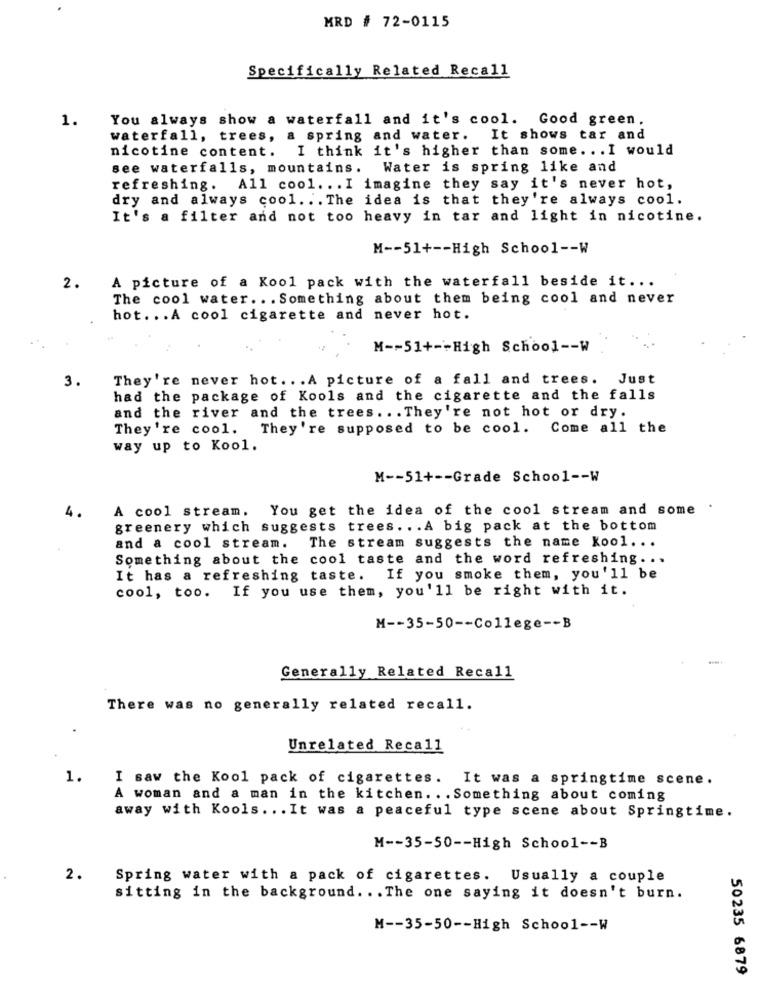
MRD # 72-0115
Specifically Related Recall
1.
You always show a waterfall and it's cool. Good green.
waterfall, trees,
a spring and water. It shows tar and
I think it's higher than some. .. I would
nicotine content.
see waterfalls, mountains. Water is spring like and
refreshing. All cool. .. I imagine they say it's never hot,
dry and always cool .. . The idea is that they're always cool.
It's a filter and not too heavy in tar and light in nicotine.
M -- 51+ -- High School -- W
A picture of a Kool pack with the waterfall beside it ...
2.
The cool water ... Something about them being cool and never
hot ... A cool cigarette and never hot.
M -- 51+ -- High School -- W
3.
They're never hot ... A picture of a fall and trees. Just
had the package of Kools and the cigarette and the falls
and the river and the trees ... They're not hot or dry.
They're cool. They're supposed to be cool. Come all the
way up to Kool.
M -- 51+ -- Grade School -- W
4.
A cool stream. You get the idea of the cool stream and some .
greenery which suggests trees ... A big pack at the bottom
and a cool stream.
The stream suggests the name Kool ...
Something about the cool taste and the word refreshing ...
It has a refreshing taste. If you smoke them, you'll be
cool, too. If you use them, you'll be right with it.
M -- 35-50 -- College -- B
Generally Related Recall
There was no generally related recall.
Unrelated Recall
1.
I saw the Kool pack of cigarettes.
It was a springtime scene.
A woman and a man in the kitchen ... Something about coming
away with Kools ... It was a peaceful type scene about Springtime.
M -- 35-50 -- High School -- B
2.
Spring water with a pack of cigarettes. Usually a couple
sitting in the background. . . The one saying it doesn't burn.
M -- 35-50 -- High School -- W
50235 6879